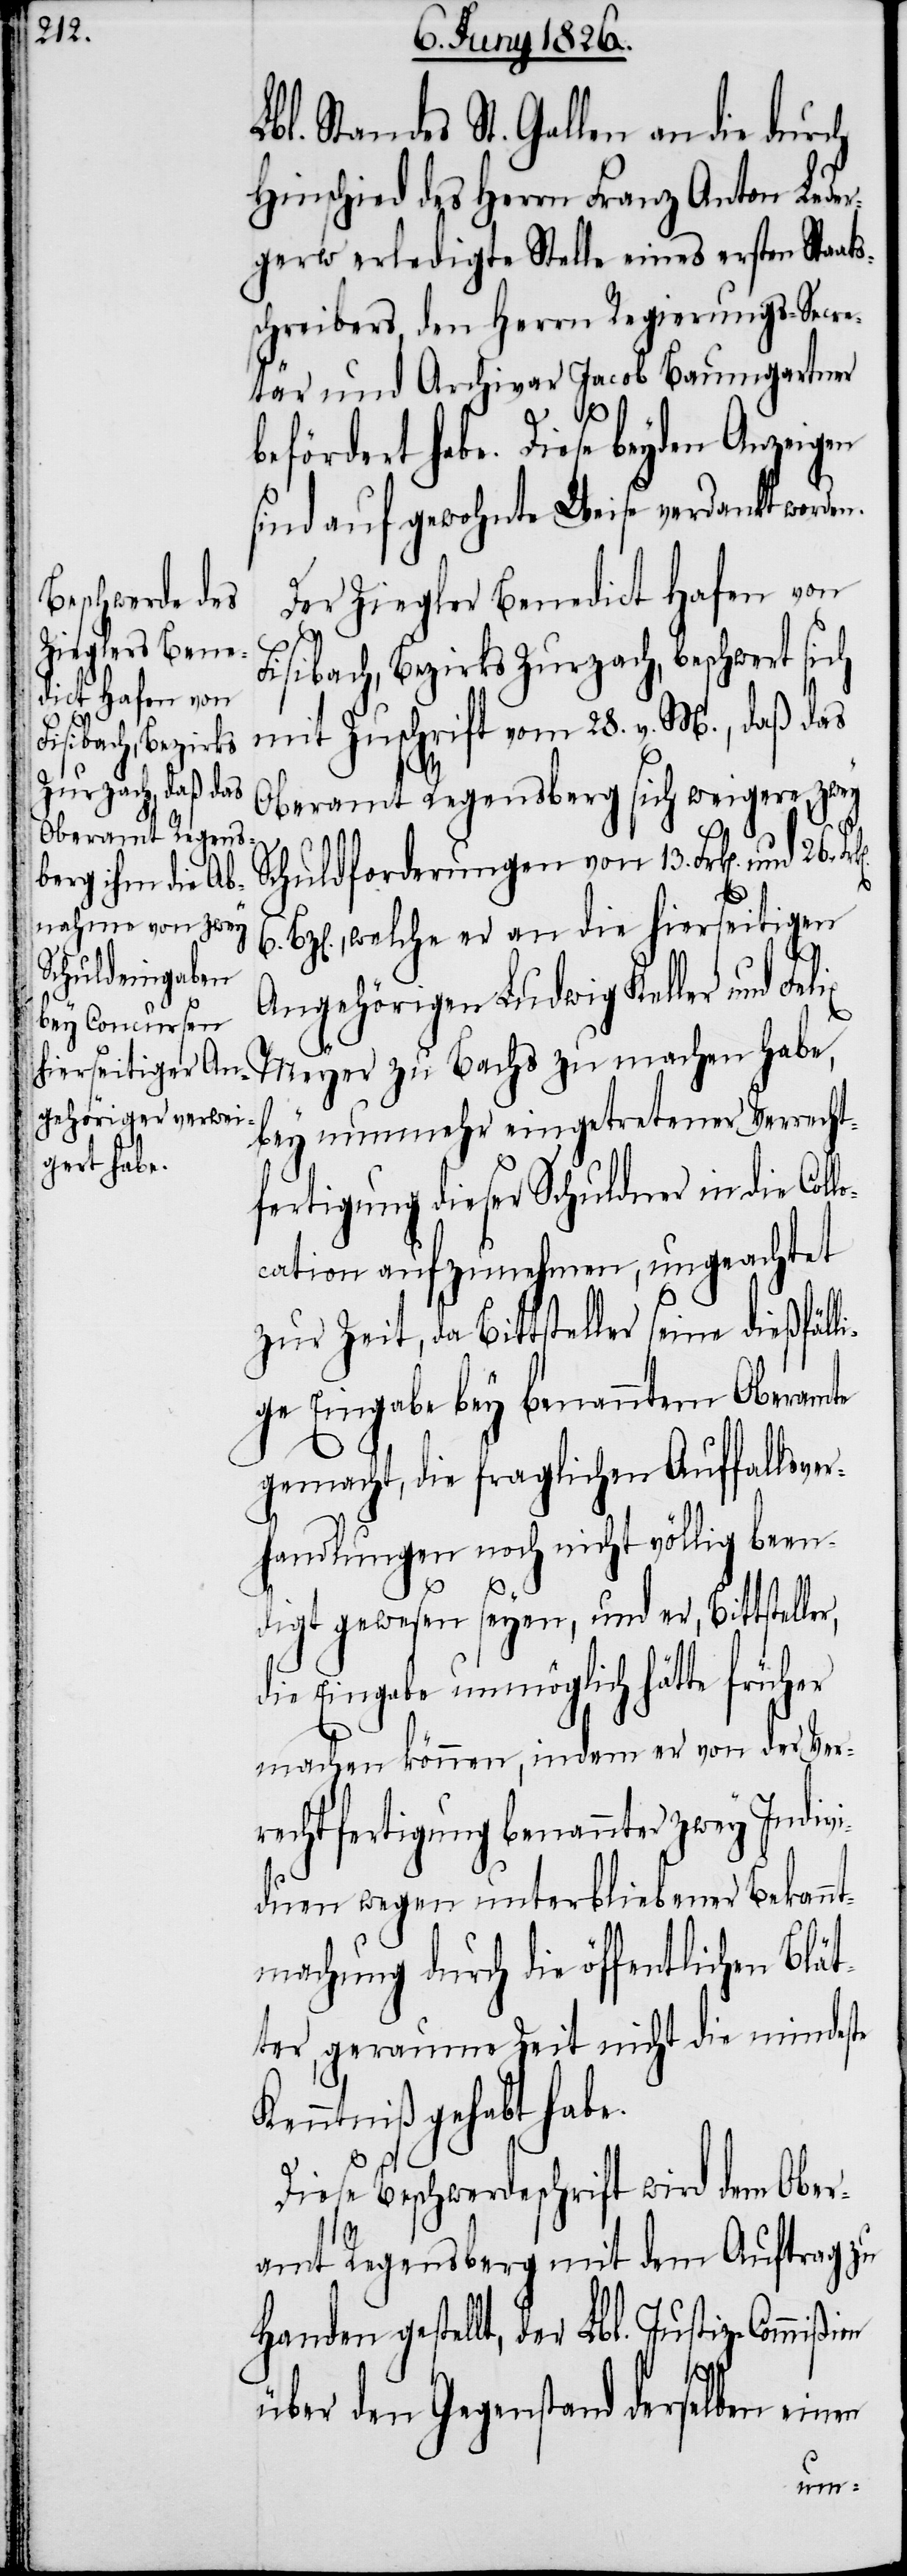
bl. Standes St. Gallen an die durch
Hinschied des Herrn Franz Anton Lede¬
rgerw erledigte Stelle eines ersten Staats¬
schreibers, den Herrn Regierungs-Secre¬
tär und Archivar Jacob Baumgartner
befördert habe. Diese beyden Anzeigen
sind auf gewohnte Weise verdankt worden.
Der Ziegler Benedict Hafen von
Fisibach, Bezirks Zurzach, beschwert si¬
mit Zuschrift vom 28. v. M., daß das
Oberamt Regensberg sich weigere, zwey
ch
Schuldforderungen von 13. fl. und 26.
z[en]., welche er an die hierseitigen
Angehörigen Ludwig Keller und Felix
on
Meyer zu Bachs zu machen habe,
bey nunmehr eingetretener Verrecht¬
fertigung dieser Schuldner in die Coll¬
ocation aufzunehmen, ungeachtet
zur Zeit, da Bittsteller seine dießfäl¬
ge Eingabe bey benanntem Oberamte
gemacht, die fraglichen Auffallsve¬
rhandlungen noch nicht völlig been¬
digt gewesen seyen, und er, Bittstelle¬
die Eingabe unmöglich hätte früher
machen könne, indem er von der Ver¬
rechtfertigung benannter zwey Indivi¬
duen wegen unterbliebener Bekan¬
ntmachung durch die öffentlichen Blä¬
ter, geraume Zeit nicht die mindeste
Kenntniß gehabt habe.
iese Beschwerdeschrift wird dem Ober¬
amt Regensberg mit dem Auftrag zu
Handen gestellt, der Lbl. Justiz-Commißi¬
über den Gegenstand derselben ein¬
en